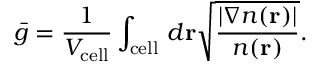
\bar { g } = \frac { 1 } { V _ { \mathrm { c e l l } } } \int _ { \mathrm { c e l l } } \, d \mathbf { r } \sqrt { \frac { | \nabla n ( \mathbf { r } ) | } { n ( \mathbf { r } ) } } .